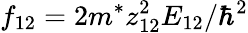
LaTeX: f_{12}=2m^{*}z_{12}^{2}E_{12}/\hbar^{2}